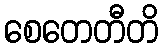
စေတေတီတိ